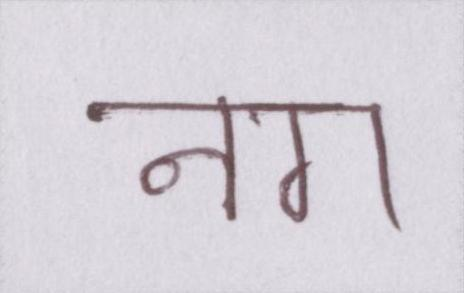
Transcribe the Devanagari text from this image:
नग